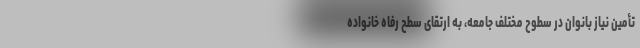
تأمین نیاز بانوان در سطوح مختلف جامعه، به ارتقای سطح رفاه خانواده